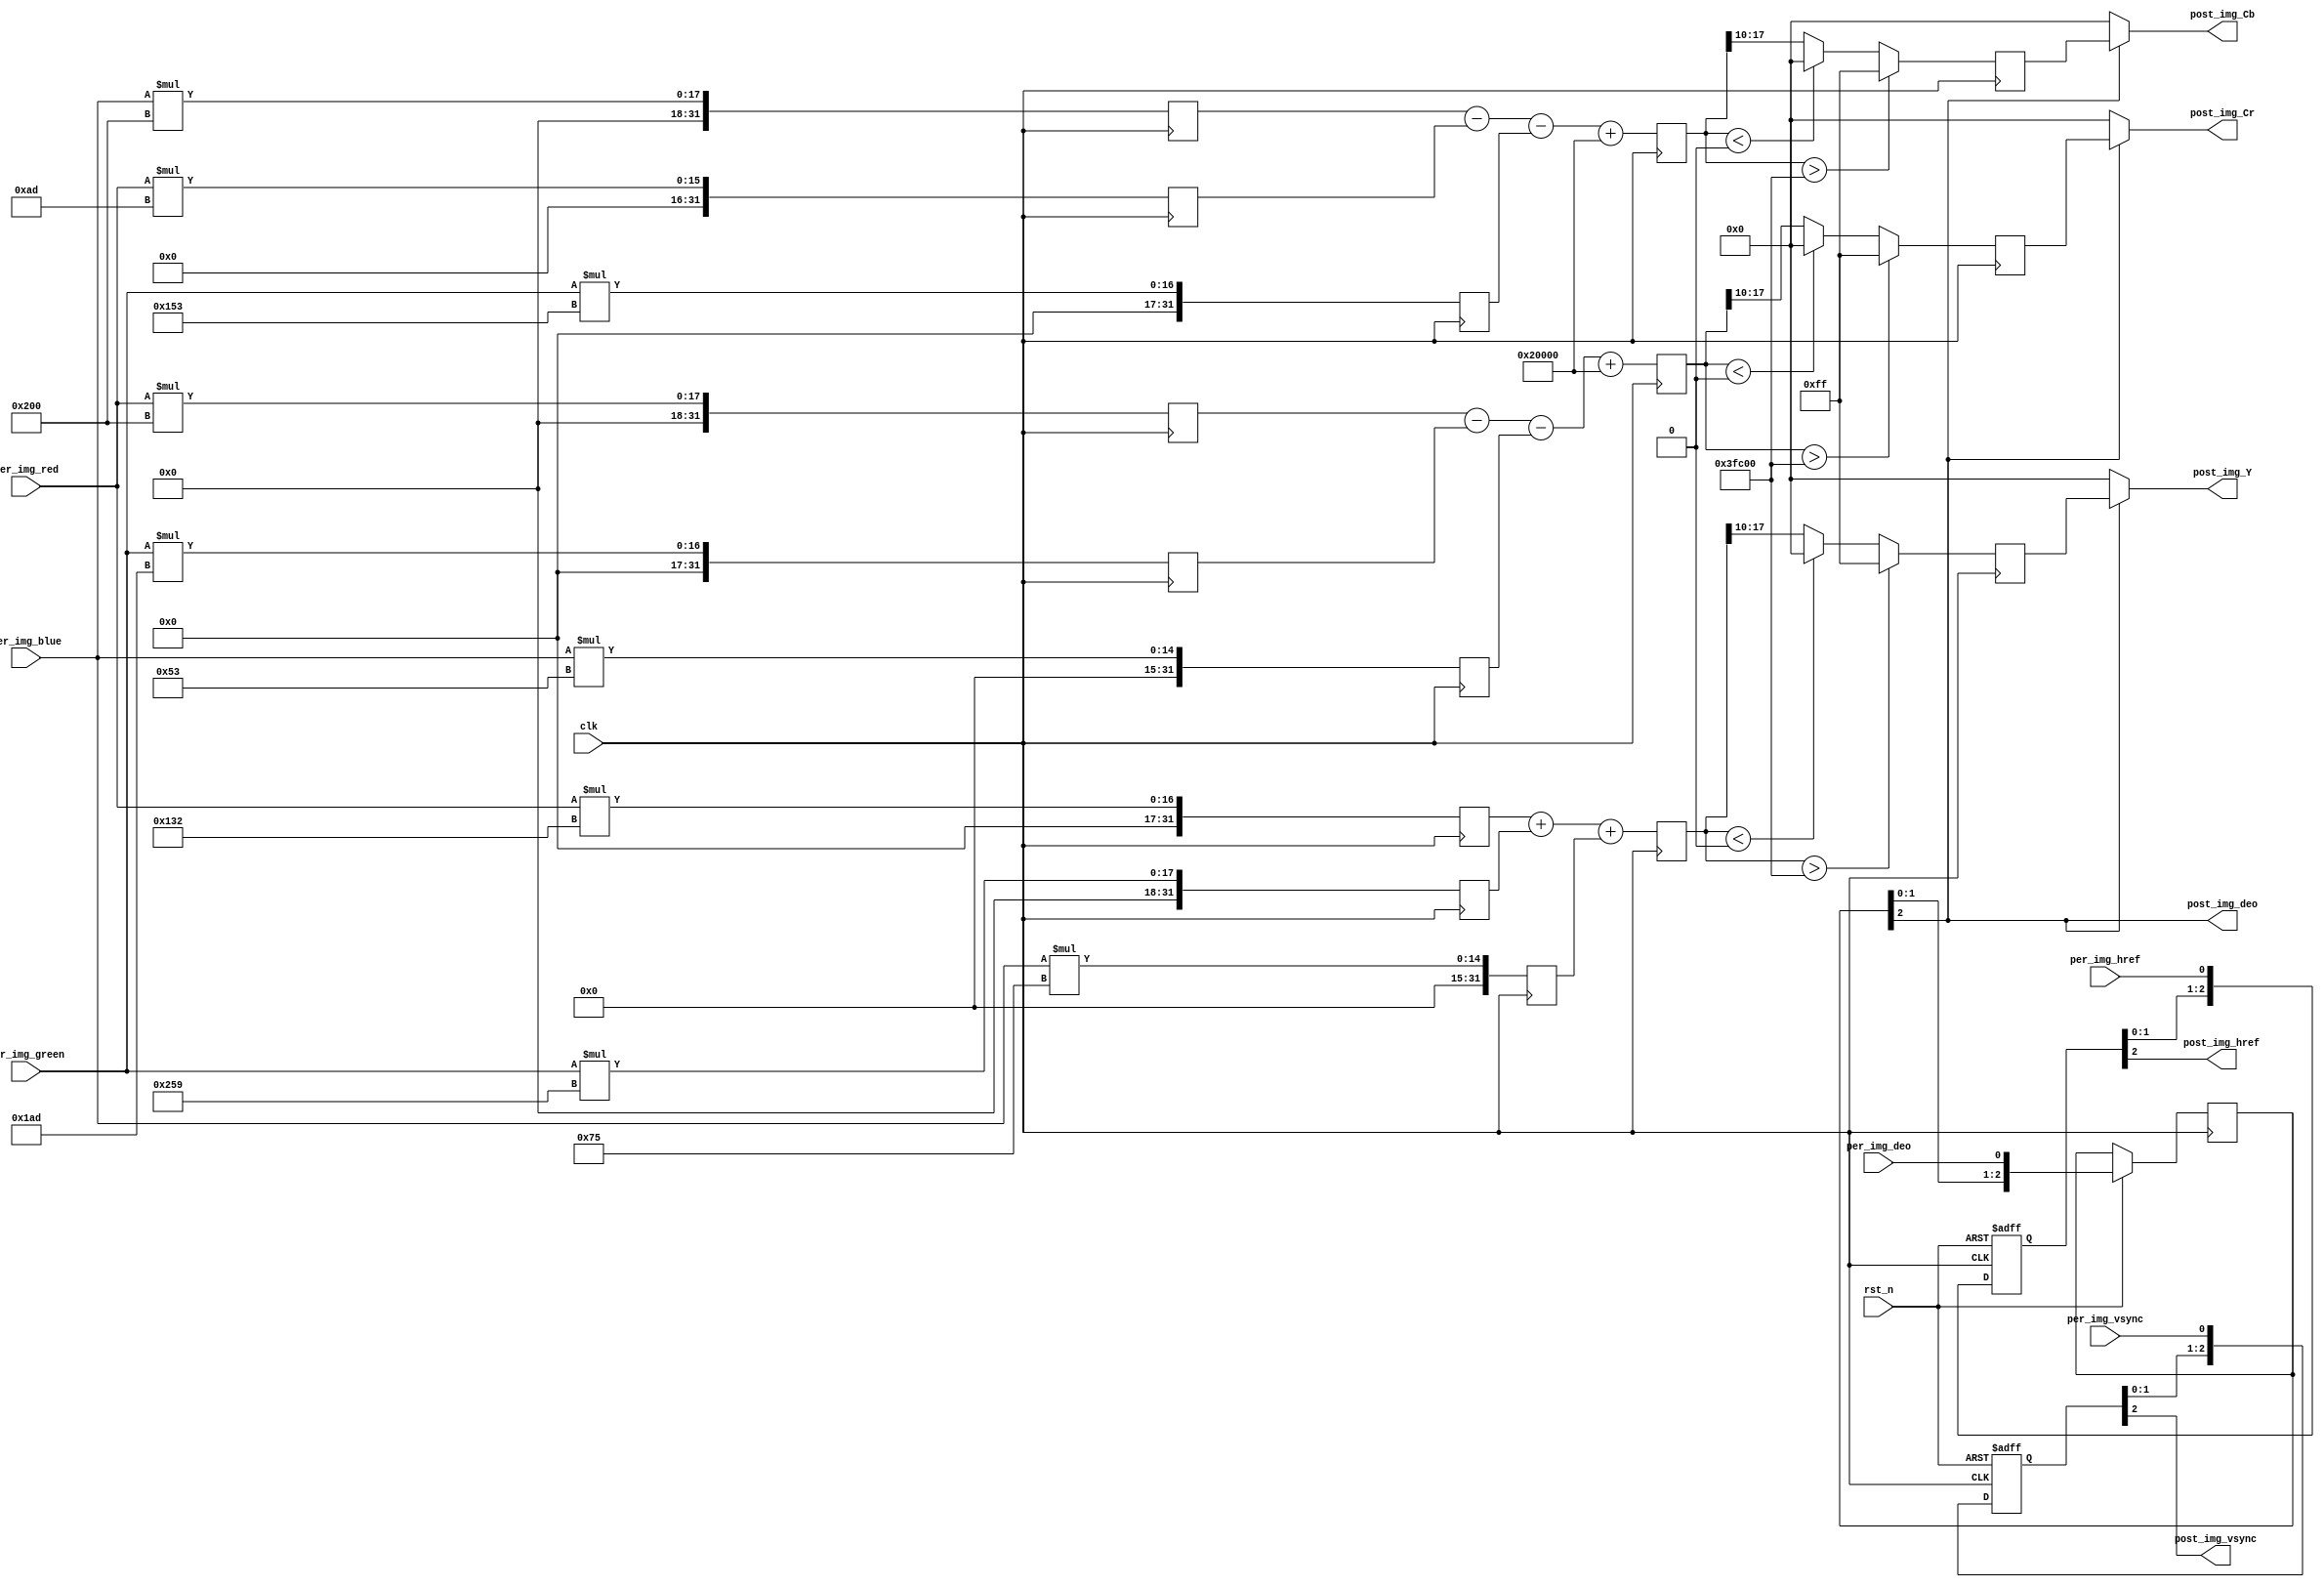
/*-----------------------------------------------------------------------
                                 \\\|///
                               \\  - -  //
                                (  @ @  )
+-----------------------------oOOo-(_)-oOOo-----------------------------+
CONFIDENTIAL IN CONFIDENCE
This confidential and proprietary software may be only used as authorized
by a licensing agreement from CrazyBingo (Thereturnofbingo).
In the event of publication, the following notice is applicable:
Copyright (C) 2011-20xx CrazyBingo Corporation
The entire notice above must be reproduced on all authorized copies.
Author              :       CrazyBingo
Technology blogs    :       www.crazyfpga.com
Email Address       :       crazyfpga@qq.com
Filename            :       RGB2YCbCr_Convert.v
Date                :       2013-05-26
Description         :       Convert the RGB888 format to YCbCr444 format.
Modification History    :
Date            By          Version         Change Description
=========================================================================
13/05/26        CrazyBingo  1.0             Original
14/03/16        CrazyBingo  2.0             Modification
-------------------------------------------------------------------------
|                                     Oooo                              |
+-------------------------------oooO--(   )-----------------------------+
                               (   )   ) /
                                \ (   (_/
                                 \_)
-----------------------------------------------------------------------*/ 

`timescale 1ns/1ns
module VIP_RGB888_YCbCr444
(
    //global clock
    input               clk,                //cmos video pixel clock
    input               rst_n,              //global reset

    //Image data prepred to be processed
    input               per_img_vsync,      //Prepared Image data vsync valid signal
    input               per_img_href,       //Prepared Image data href vaild signal
    input               per_img_deo,
    input       [7:0]   per_img_red,        //Prepared Image red data to be processed
    input       [7:0]   per_img_green,      //Prepared Image green data to be processed
    input       [7:0]   per_img_blue,       //Prepared Image blue data to be processed
    
    //Image data has been processed
    output              post_img_vsync,     //Processed Image data vsync valid signal
    output              post_img_href,      //Processed Image data href vaild signal
    output               post_img_deo,
    output      [7:0]   post_img_Y,         //Processed Image brightness output
    output      [7:0]   post_img_Cb,        //Processed Image blue shading output
    output      [7:0]   post_img_Cr         //Processed Image red shading output
);

//--------------------------------------------
/*********************************************
//Refer to full/pc range YCbCr format
    Y   =  R*0.299 + G*0.587 + B*0.114
    Cb  = -R*0.169 - G*0.331 + B*0.5   + 128
    Cr  =  R*0.5   - G*0.419 - B*0.081 + 128
--->      
    Y   = (76 *R + 150*G + 29 *B)>>8
    Cb  = (-43*R - 84 *G + 128*B + 32768)>>8
    Cr  = (128*R - 107*G - 20 *B + 32768)>>8

    Y   = (306 *R + 601*G + 117 *B)>>10
    Cb  = (-173*R - 339 *G + 512*B )>>10+128
    Cr  = (512*R - 429*G - 83 *B )>>10+128
**********************************************/

/*2.0
R = Y  + 1.140*V
G = Y - 0.394*U - 0.581*V
B = Y + 2.032*U


R = Y + 1.402(Cr-128) 
G = Y - 0.34414(Cb-128) - 0.71414(Cr-128) 
B = Y + 1.772(Cb-128)
*/
//Step 1
reg [31:0]  img_red_r0,   img_red_r1,   img_red_r2; 
reg [31:0]  img_green_r0, img_green_r1, img_green_r2; 
reg [31:0]  img_blue_r0,  img_blue_r1,  img_blue_r2; 
always@(posedge clk)
begin
    img_red_r0   <= per_img_red   * 10'd306;img_green_r0 <= per_img_green * 10'd601;img_blue_r0  <= per_img_blue  * 10'd117;
    img_red_r1   <= per_img_red   * 10'd173; img_green_r1 <= per_img_green * 10'd339;img_blue_r1  <= per_img_blue  * 10'd512;
    img_red_r2   <= per_img_red   * 10'd512;img_green_r2 <= per_img_green * 10'd429;img_blue_r2  <= per_img_blue  * 10'd83;
end

//--------------------------------------------------
//Step 2
reg signed[31:0]  img_Y_r0;   
reg signed[31:0]  img_Cb_r0; 
reg signed[31:0]  img_Cr_r0; 
always@(posedge clk)
begin
    img_Y_r0  <= img_red_r0  + img_green_r0 + img_blue_r0;
    img_Cb_r0 <= img_blue_r1 - img_red_r1   - img_green_r1+18'd131072 ;
    img_Cr_r0 <= img_red_r2  - img_green_r2 - img_blue_r2+18'd131072  ;
end


//--------------------------------------------------
//Step 3
reg [7:0] img_Y_r1; 
reg [7:0] img_Cb_r1; 
reg [7:0] img_Cr_r1; 
always@(posedge clk)
begin
    // img_Y_r1  <= img_Y_r0[31:10];
    // img_Cb_r1 <= img_Cb_r0[31:10];
    // img_Cr_r1 <= img_Cr_r0[31:10]; 
    if (img_Y_r0 > 18'd261120)
        img_Y_r1 <= 8'd255;
    else if (img_Y_r0 < 18'd0)
        img_Y_r1 <= 8'b0;
    else
        img_Y_r1 <= img_Y_r0[31:10];

    if (img_Cb_r0 > 18'd261120)
        img_Cb_r1 <= 8'd255;
    else if (img_Cb_r0 < 18'd0)
        img_Cb_r1 <= 8'b0;
    else
        img_Cb_r1 <= img_Cb_r0[31:10];

    if (img_Cr_r0 > 18'd261120)
        img_Cr_r1 <= 8'd255;
    else if (img_Cr_r0 < 18'd0)
        img_Cr_r1 <= 8'b0;
    else
        img_Cr_r1 <= img_Cr_r0[31:10];
end

//------------------------------------------
//lag 3 clocks signal sync  
reg [2:0] per_img_vsync_r;
reg [2:0] per_img_href_r;   
reg [2:0]   per_img_deo_r;
always@(posedge clk or negedge rst_n)
begin
    if(!rst_n)
        begin
        per_img_vsync_r <= 0;
        per_img_href_r <= 0;
        end
    else
        begin
        per_img_vsync_r <=  {per_img_vsync_r[1:0],  per_img_vsync};
        per_img_href_r  <=  {per_img_href_r[1:0],   per_img_href};
        per_img_deo_r  <=  {per_img_deo_r[1:0],   per_img_deo};
        end
end
assign  post_img_vsync = per_img_vsync_r[2];
assign  post_img_href  = per_img_href_r[2];
assign  post_img_deo  = per_img_deo_r[2];
assign  post_img_Y     = post_img_deo ? img_Y_r1 : 8'd0;
assign  post_img_Cb    = post_img_deo ? img_Cb_r1: 8'd0;
assign  post_img_Cr    = post_img_deo ? img_Cr_r1: 8'd0;


endmodule